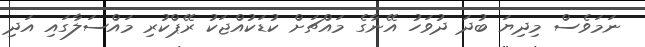
ނަމަވެސް މިިދިޔަ ބުދަ ދުވަހު އޭނާގެ މައްޗަށް ކުޑަކުއްޖަކު ރޭޕްކުރި މައްސަލާގައި އަދި